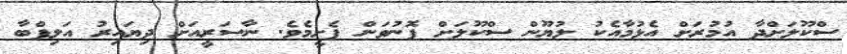
ސްކޫލަށްދާ އުމުރަށް އެޅުމާއެކު ލުޔޫން ސްކޫލަށް ފޮނުވަން ފެށިީމެވެ. ނާސަރީއަށް ދިޔައިރު އަލިފްބާ